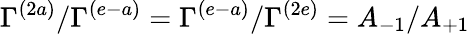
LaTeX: \Gamma^{(2a)}/\Gamma^{(e-a)}=\Gamma^{(e-a)}/\Gamma^{(2e)}=A_{-1}/A_{+1}